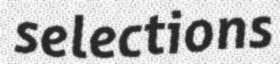
selections